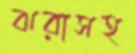
ঝরাসহ